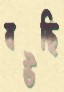
বউছি